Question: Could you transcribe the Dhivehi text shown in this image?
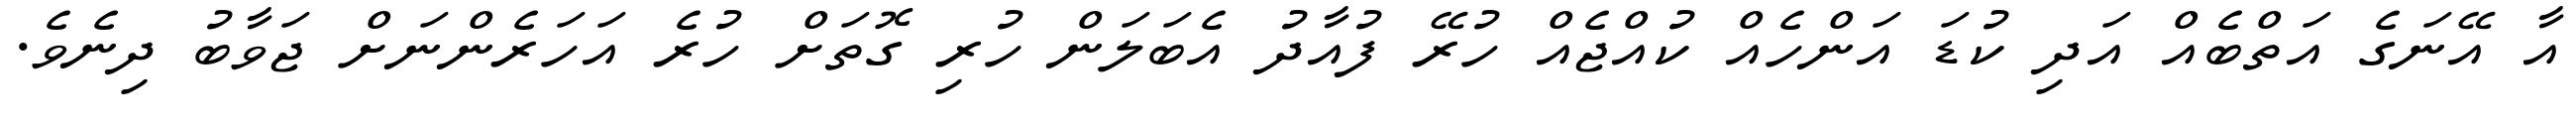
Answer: އާ އޭނަގެ އަތްބެއް އަދި ކުޑަ އަންހެއް ކުއްޖެއް ހުރޭ ފުއާދު އެބަލަން ހުރި ގޮތަށް ހުރެ އަހަރެންނަށް ޖަވާބު ދިނެވެ.